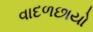
વાદળછાયો